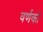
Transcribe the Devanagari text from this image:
वर्णको